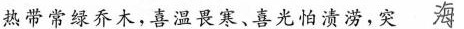
热带常绿乔木，喜温畏寒、喜光怕渍涝，突 海